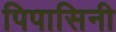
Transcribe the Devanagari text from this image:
पिपासिनी